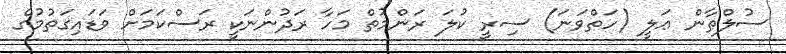
ސުލްޠާން ޢަލީ (ހަތްވަނަ) ސިރީ ކުލަ ރަންމުތް މަހާ ރަދުންނަކީ ރަސްކަމަށް ވަޑައިގަތުމުގެ